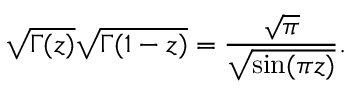
\sqrt { \Gamma ( z ) } \sqrt { \Gamma ( 1 - z ) } = { \frac { \sqrt \pi } { \sqrt { \sin ( \pi z ) } } } .